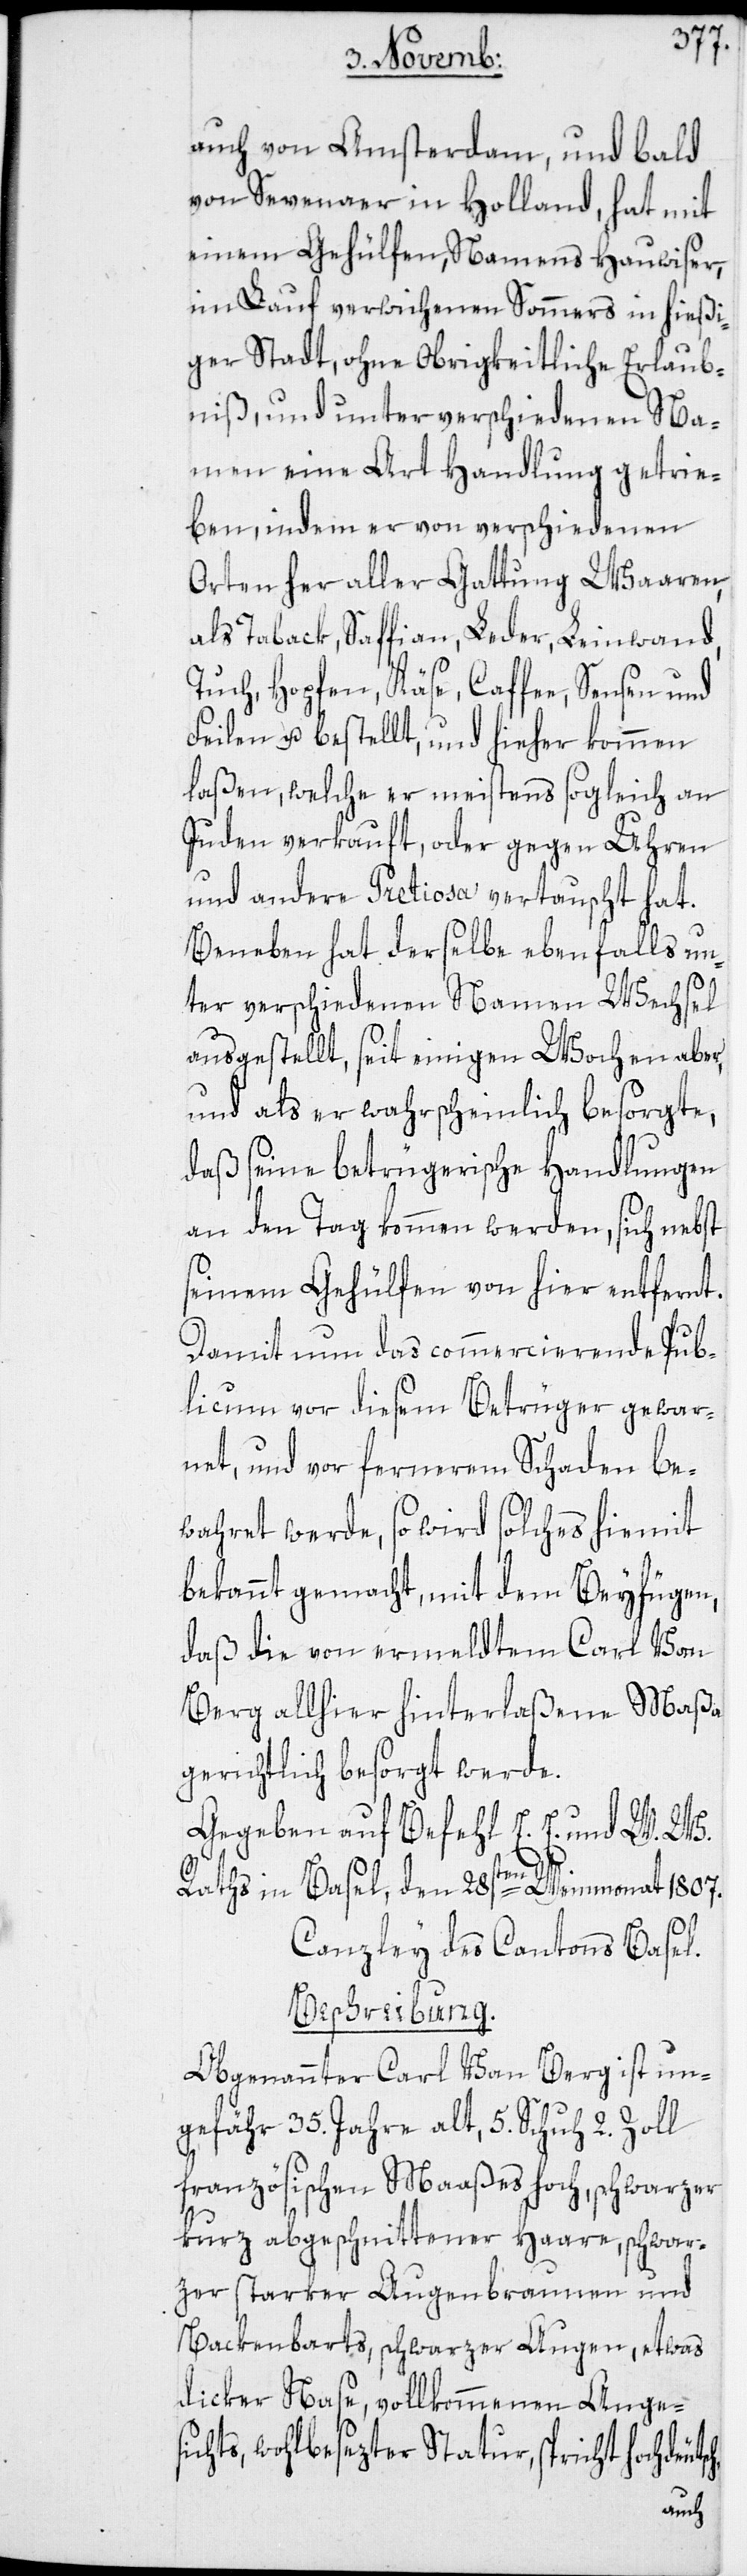
auch von Amsterdam, und bald
von Sevenaer in Holland, hat mit
einem Gehülfen, Namens Hauwiser,
im Lauf verwichenen Sommers in hießi¬
ger Stadt, ohne Obrigkeitliche Erlaub¬
niß, und unter verschiedenen Na¬
men eine Art Handlung getrie¬
ben, indem er von verschiedenen
Orten her aller Gattung Waaren,
als Taback, Saffian, Leder, Leinwand,
Tuch, Hopfen, Käse, Caffee, Sensen und
Feilen u. bestellt, und hieher kommen
laßen, welche er meistens sogleich an
Juden verkauft, oder gegen Uhren
und andere Pretiosa vertauscht hat.
Beneben hat derselbe ebenfalls un¬
ter verschiedenen Namen Wechsel
ausgestellt, seit einigen Wochen aber,
und als er wahrscheinlich besorgte,
daß seine betrügerische Handlungen
an den Tag kommen werden, sich nebst
seinem Gehülfen von hier entfernt.
Damit nun das commercierende Pub¬
licum vor diesem Betrüger gewar¬
net, und vor fernerem Schaden be¬
wahret werde, so wird solches hiemit
bekannt gemacht, mit dem Beyfügen,
daß die von ermeldtem Carl Van
Berg allhier hinterlaßene Maßa
gerichtlich besorgt werde.
Gegeben auf Befehl E. E. und W. W.
Raths in Basel, den 28sten Weinmonat 1807.
Canzley des Cantons Basel.
Beschreibung.
Obgenannter Carl Van Berg ist un¬
gefähr 35. Jahre alt, 5. Schuh 2. Zoll
französischen Maaßes hoch, schwarzer
kurz abgeschnittener Haare, schwar¬
zer starker Augenbraunen und
Backenbarts, schwarzer Augen, etwas
dicker Nase, vollkommenen Anges¬
ichts, wohlbesezter Statur; spricht hochdeut¬
sch,